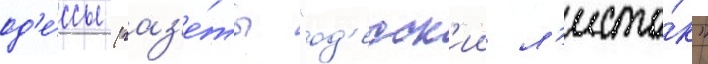
од'е́ссы (газ'е́ты "од'есск'ии л'исто́к"